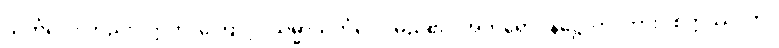
သင်္ကပ္ပေါ၊ တည်း။ ဣတိ၊ ကြောင့်။ သမ္မာသင်္ကပ္ပေါ၊ မည်၏။ အဘိရောပနဋ္ဌောတိ၊ ကား။ စိတ္တဿ၊ ကို။